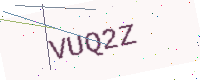
Text: VUQ2Z